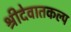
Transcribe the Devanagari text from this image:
श्रीदेवातकल्प